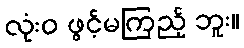
လုံးဝ ဖွင့်မကြည့် ဘူး။